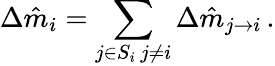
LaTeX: \Delta\hat{m}_{i}=\sum_{\substack{j\in S_{i}\, j\neq i}}\Delta\hat{m}_{j\rightarrow i}\, .